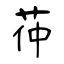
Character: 茽